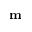
\mathbf { m }